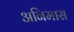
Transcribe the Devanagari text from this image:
अनिमास